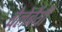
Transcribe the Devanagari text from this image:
बेलेर्बेयी